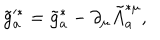
LaTeX: \tilde { g } _ { a } ^ { * } = \tilde { g } _ { a } ^ { * } - \partial _ { \mu } \tilde { A } _ { a } ^ { * \mu } ,